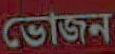
ভোজন